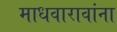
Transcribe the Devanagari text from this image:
माधवारावांना